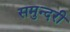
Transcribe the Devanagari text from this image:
समुन्दरी